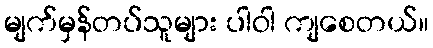
မျက်မှန်တပ်သူများ ပါဝါ ကျစေတယ်။